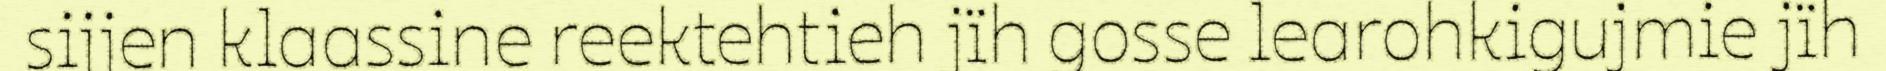
sijjen klaassine reektehtieh jïh gosse learohkigujmie jïh